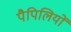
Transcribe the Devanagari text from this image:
पैपिलियों